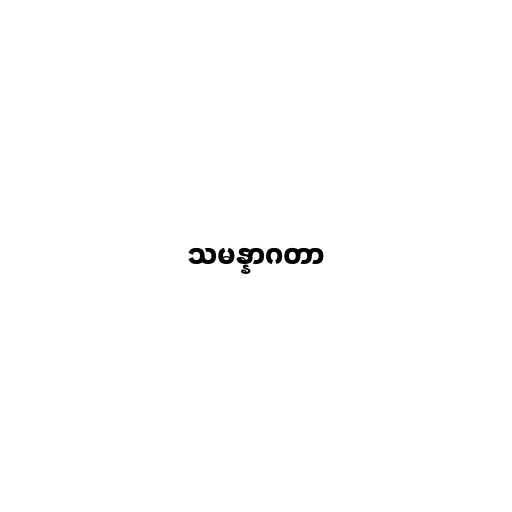
သမန္နာဂတာ